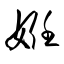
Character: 姙